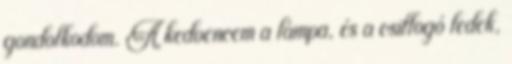
gondolkodom. A kedvencem a lámpa, és a csillogó ledek,